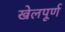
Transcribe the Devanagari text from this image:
खेलपूर्ण